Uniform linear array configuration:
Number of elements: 4
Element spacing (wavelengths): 0.25
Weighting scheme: exponential
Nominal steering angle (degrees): -30
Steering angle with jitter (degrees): -31.191
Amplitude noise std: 0.05
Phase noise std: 0.05

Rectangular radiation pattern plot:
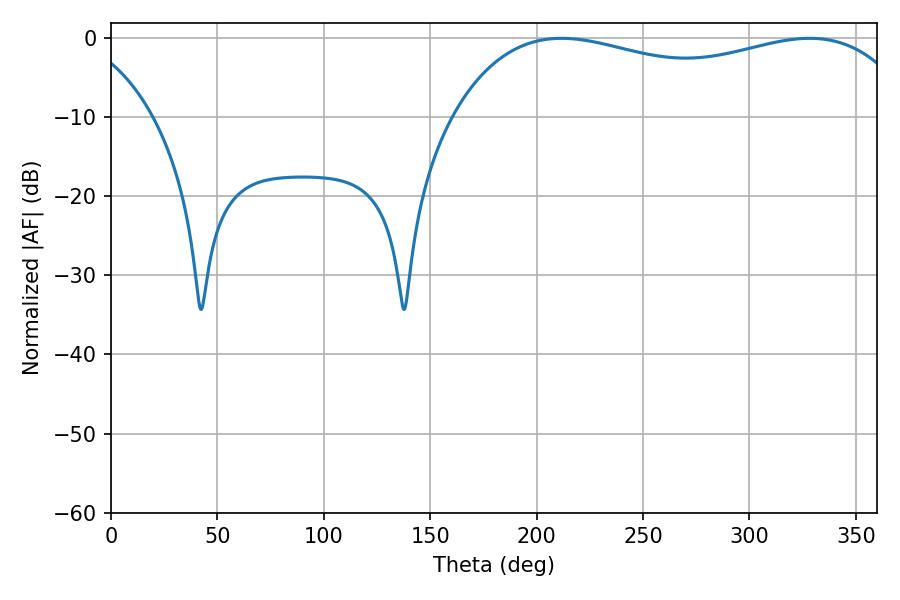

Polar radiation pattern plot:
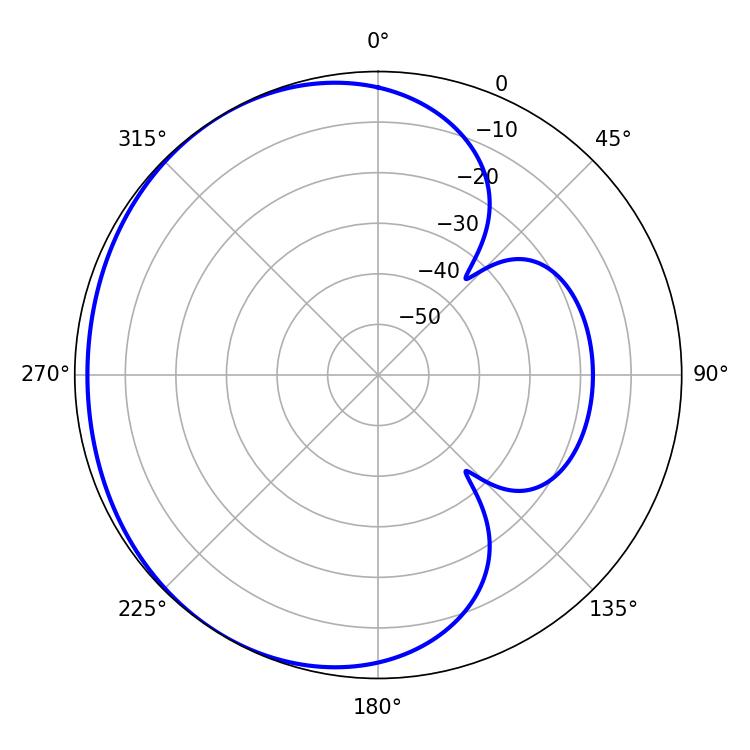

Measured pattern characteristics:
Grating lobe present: FALSE
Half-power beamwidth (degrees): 178.56
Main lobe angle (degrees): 211.68